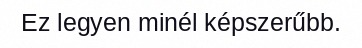
Ez legyen minél képszerűbb.